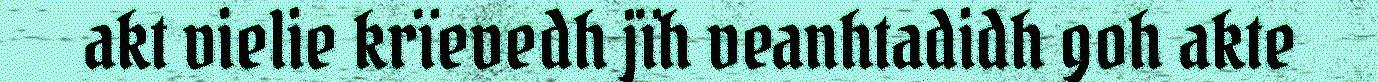
akt vielie krïevedh jïh veanhtadidh goh akte